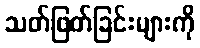
သတ်ဖြတ်ခြင်းများကို